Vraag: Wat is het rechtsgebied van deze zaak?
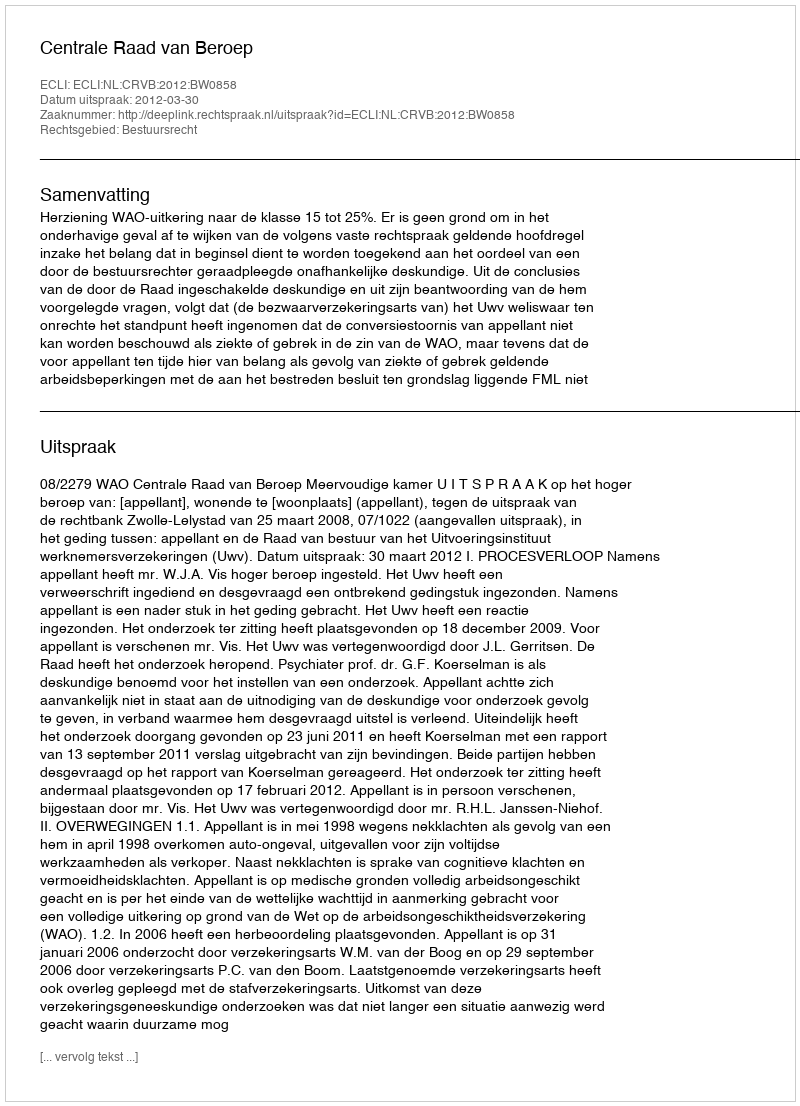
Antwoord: Bestuursrecht